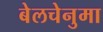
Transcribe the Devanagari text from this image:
बेलचेनुमा